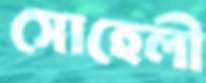
সোহেলী